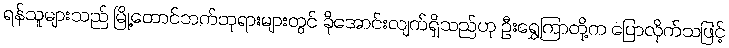
ရန်သူများသည် မြို့တောင်ဘက်ဘုရားများတွင် ခိုအောင်းလျက်ရှိသည်ဟု ဦးရွှေကြာတို့က ပြောလိုက်သဖြင့်